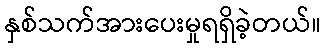
နှစ်သက်အားပေးမှုရရှိခဲ့တယ်။